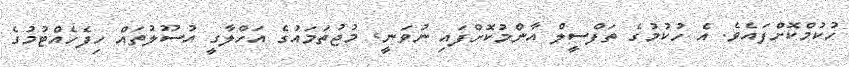
ހުކުމްކޮށްފައެވެ. އެ ހުކުމުގެ ތަފްސީލް އާންމުކޮށްފައި ނުވަނީ